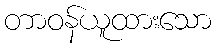
တာဝန်ယူထားသော